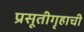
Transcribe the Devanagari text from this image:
प्रसूतीगृहाची